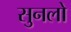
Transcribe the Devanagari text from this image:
सुनलो